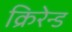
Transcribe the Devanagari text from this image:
क्रिरेन्ड